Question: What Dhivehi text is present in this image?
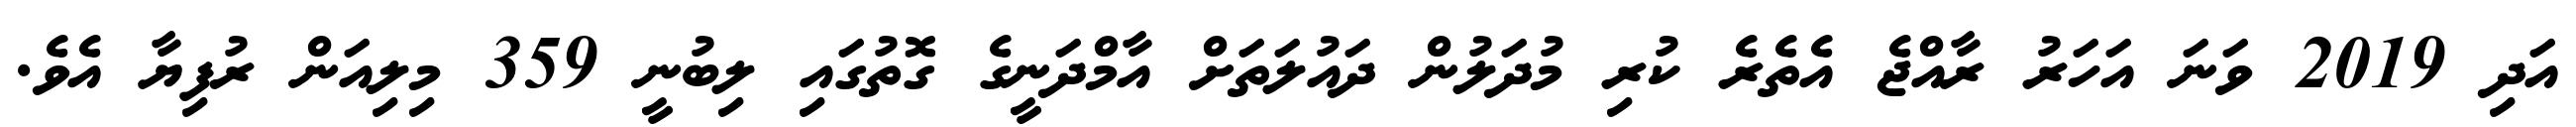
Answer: އަދި 2019 ވަނަ އަހަރު ރާއްޖެ އެތެރެ ކުރި މުދަލުން ދައުލަތަށް އާމްދަނީގެ ގޮތުގައި ލިބުނީ 359 މިލިއަން ރުފިޔާ އެވެ.